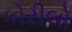
કોરીલો